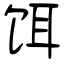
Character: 饵